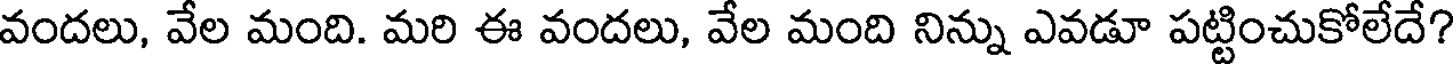
వందలు, వేల మంది. మరి ఈ వందలు, వేల మంది నిన్ను ఎవడూ పట్టించుకోలేదే?